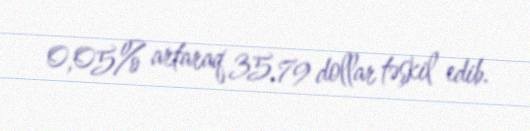
0,05% artaraq 35,79 dollar təşkil edib.